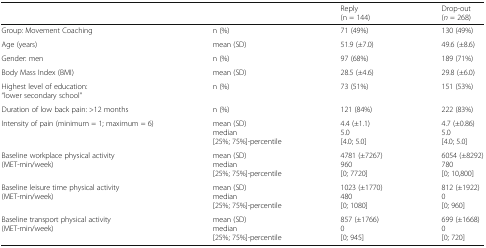
<table><thead><tr><td></td><td></td><td><b>Reply(n = 144)</b></td><td><b>Drop-out(<i>n</i> = 268)</b></td></tr></thead><tbody><tr><td>Group: Movement Coaching</td><td>n (%)</td><td>71 (49%)</td><td>130 (49%)</td></tr><tr><td>Age (years)</td><td>mean (SD)</td><td>51.9 (±7.0)</td><td>49.6 (±8.6)</td></tr><tr><td>Gender: men</td><td>n (%)</td><td>97 (68%)</td><td>189 (71%)</td></tr><tr><td>Body Mass Index (BMI)</td><td>mean (SD)</td><td>28.5 (±4.6)</td><td>29.8 (±6.0)</td></tr><tr><td>Highest level of education:“lower secondary school”</td><td>n (%)</td><td>73 (51%)</td><td>151 (53%)</td></tr><tr><td>Duration of low back pain: &gt;12 months</td><td>n (%)</td><td>121 (84%)</td><td>222 (83%)</td></tr><tr><td>Intensity of pain (minimum = 1; maximum = 6)</td><td>mean (SD)median[25%; 75%]-percentile</td><td>4.4 (±1.1)5.0[4.0; 5.0]</td><td>4.7 (±0.86)5.0[4.0; 5.0]</td></tr><tr><td>Baseline workplace physical activity(MET-min/week)</td><td>mean (SD)median[25%; 75%]-percentile</td><td>4781 (±7267)960[0; 7720]</td><td>6054 (±8292)780[0; 10,800]</td></tr><tr><td>Baseline leisure time physical activity(MET-min/week)</td><td>mean (SD)median[25%; 75%]-percentile</td><td>1023 (±1770)480[0; 1080]</td><td>812 (±1922)0[0; 960]</td></tr><tr><td>Baseline transport physical activity(MET-min/week)</td><td>mean (SD)median[25%; 75%]-percentile</td><td>857 (±1766)0[0; 945]</td><td>699 (±1668)0[0; 720]</td></tr></tbody></table>